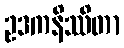
ဥဒကနိဿိတာ